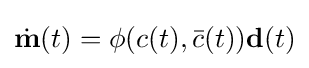
{\dot {\mathbf {m} }}(t)=\phi (c(t),{\bar {c}}(t))\mathbf {d} (t)